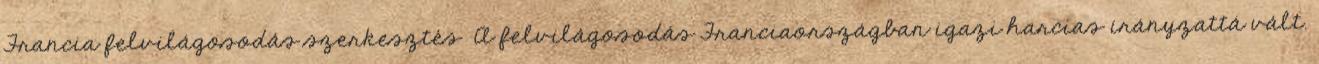
Francia felvilágosodás szerkesztés A felvilágosodás Franciaországban igazi harcias irányzattá vált.